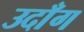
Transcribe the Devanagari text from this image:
उदाँग